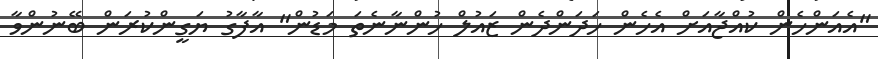
"އެއަންހެން ކުއްޖާއަށް އެހެން ހަދަންދެން ޒައުލް ހުންނާނެތަ މަޑުން" އާފާގު ޔަގީންކުރަން ބޭނުންވާ